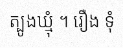
ត្បូងឃ្មុំ ។ រឿង ទុំ